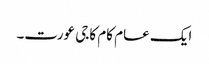
ایک عام کام کاجی عورت۔